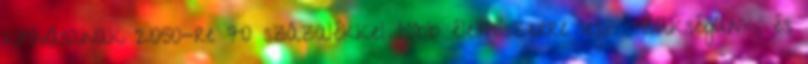
kihívásainak 2050-re 70 százalékkel több élelmiszerre lesz szükségünk, és